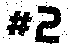
#2